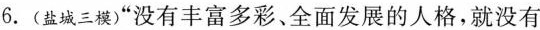
6.(盐城三模)”没有丰富多彩、全面发展的人格，就没有